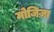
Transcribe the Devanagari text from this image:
मोजिज़ा